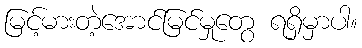
မြင့်မားတဲ့အောင်မြင်မှုတွေ ရရှိမှာပါ။